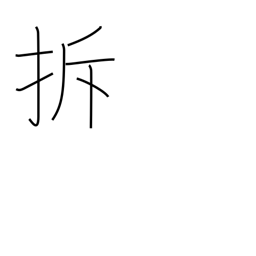
Meaning: to break up